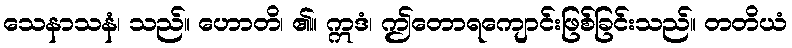
သေနာသနံ၊ သည်။ ဟောတိ၊ ၏။ ဣဒံ၊ ဤတောရကျောင်းဖြစ်ခြင်းသည်။ တတိယံ